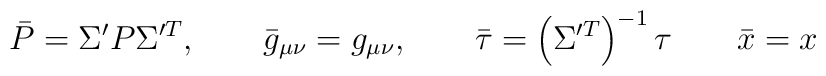
\bar{P} = \Sigma' P \Sigma'^T, \qquad \bar{g}_{\mu\nu} = g_{\mu\nu} , \qquad \bar\tau = \left( \Sigma'^T \right)^{-1} \tau\qquad \bar{x} = x